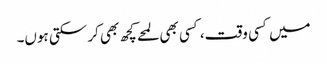
میں کسی وقت، کسی بھی لمحے کچھ بھی کر سکتی ہوں۔